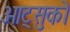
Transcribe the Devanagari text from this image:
ओट्सुको